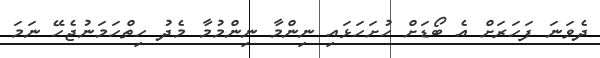
ދެވަނަ ފަހަރަށް އެ ބޯޑަށް ހުށަހަޅައި ނިންމާ ނިންމުމާ މެދު ހިތްހަމަނުޖެހޭ ނަމަ